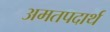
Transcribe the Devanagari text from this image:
अमतपदार्थ